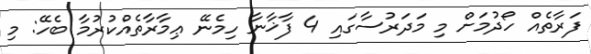
ފަރާތެއް ހޯދުމަށް މި މަދަރުސާގައި 4 ފާޚާނާ ހިމެނޭ ޢިމާރާތެއްކުރުމާ ބެހޭ: މި